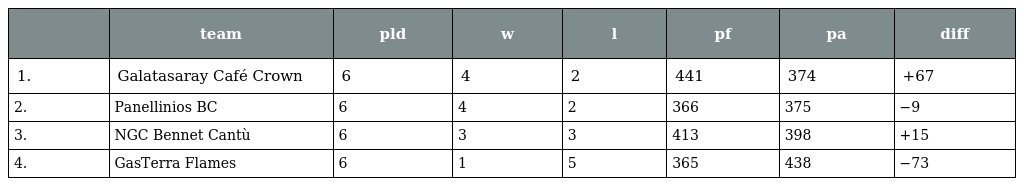
|  | team | pld | w | l | pf | pa | diff |
 | --- | --- | --- | --- | --- | --- | --- | --- |
 | 1. | Galatasaray Café Crown | 6 | 4 | 2 | 441 | 374 | +67 |
 | 2. | Panellinios BC | 6 | 4 | 2 | 366 | 375 | −9 |
 | 3. | NGC Bennet Cantù | 6 | 3 | 3 | 413 | 398 | +15 |
 | 4. | GasTerra Flames | 6 | 1 | 5 | 365 | 438 | −73 |